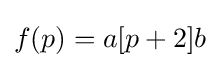
f(p)=a[p+2]b